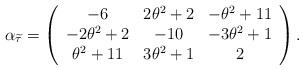
LaTeX: \begin{align*} \alpha_{\widetilde{\tau}} = \left(\begin{array}{ccc} -6 & 2 \theta^2 + 2 & -\theta^2 + 11 \\ -2 \theta^2 + 2 & -10 & -3 \theta^2 + 1 \\ \theta^2 + 11 & 3 \theta^2 + 1 & 2 \end{array}\right) .\end{align*}